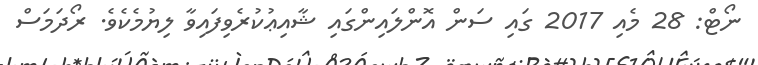
ނޯޓް: 28 މެއި 2017 ގައި ސަން އޮންލައިންގައި ޝާއިޢުކުރެވިފައިވާ ލިޔުމެކެވެ. ރޯދަމަސް